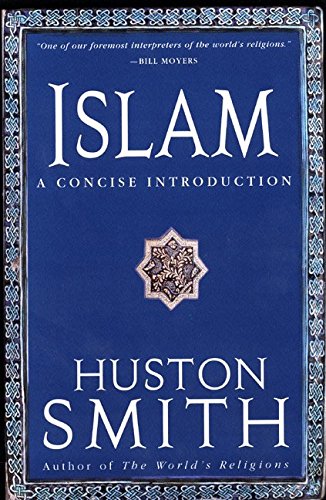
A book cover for Islam: A Concise Introduction; Huston Smith; Religion & Spirituality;